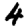
Digit: 4